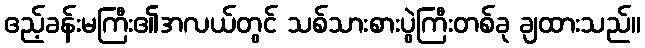
ဧည့်ခန်းမကြီး၏အလယ်တွင် သစ်သားစားပွဲကြီးတစ်ခု ချထားသည်။